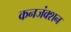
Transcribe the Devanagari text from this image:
कनजंक्शन